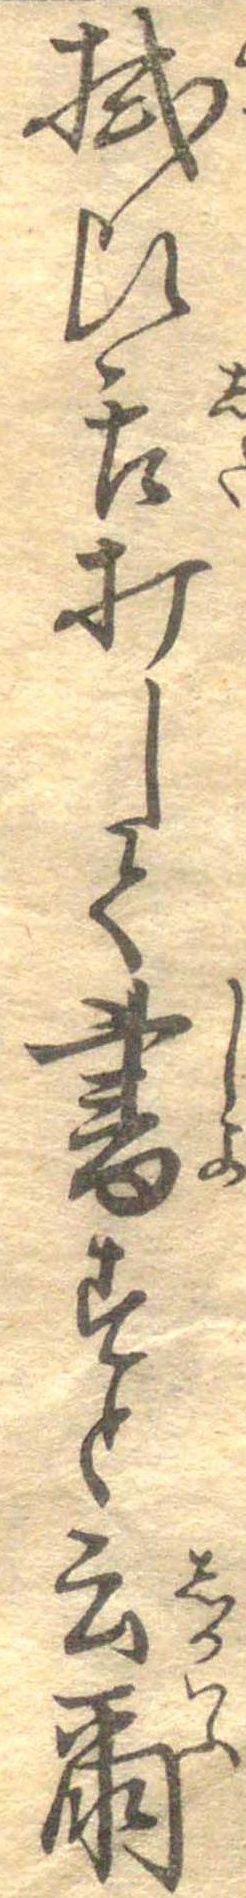
拭ひ舌打して書すと云爾